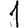
Digit: 1